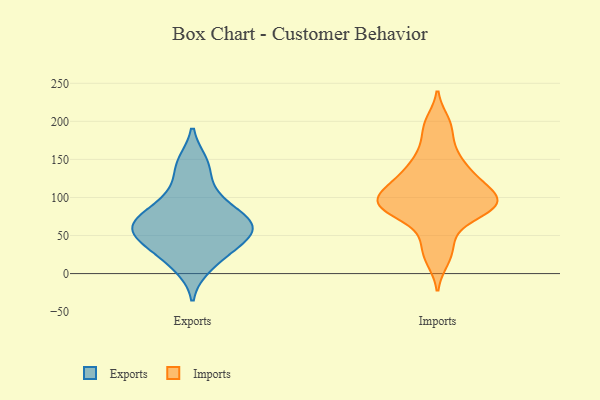
{"axis": {"x": "Headcount", "y": "Value"}, "legend": ["Exports", "Imports"], "data": [{"x": "", "y": 140, "type": "Exports"}, {"x": "", "y": 10, "type": "Exports"}, {"x": "", "y": 36, "type": "Exports"}, {"x": "", "y": 101, "type": "Exports"}, {"x": "", "y": 59, "type": "Exports"}, {"x": "", "y": 39, "type": "Exports"}, {"x": "", "y": 98, "type": "Exports"}, {"x": "", "y": 60, "type": "Exports"}, {"x": "", "y": 145, "type": "Exports"}, {"x": "", "y": 58, "type": "Exports"}, {"x": "", "y": 67, "type": "Exports"}, {"x": "", "y": 77, "type": "Exports"}, {"x": "", "y": 56, "type": "Exports"}, {"x": "", "y": 21, "type": "Exports"}, {"x": "", "y": 69, "type": "Exports"}, {"x": "", "y": 199, "type": "Imports"}, {"x": "", "y": 90, "type": "Imports"}, {"x": "", "y": 159, "type": "Imports"}, {"x": "", "y": 111, "type": "Imports"}, {"x": "", "y": 119, "type": "Imports"}, {"x": "", "y": 32, "type": "Imports"}, {"x": "", "y": 93, "type": "Imports"}, {"x": "", "y": 100, "type": "Imports"}, {"x": "", "y": 18, "type": "Imports"}, {"x": "", "y": 151, "type": "Imports"}, {"x": "", "y": 91, "type": "Imports"}, {"x": "", "y": 114, "type": "Imports"}, {"x": "", "y": 52, "type": "Imports"}, {"x": "", "y": 128, "type": "Imports"}, {"x": "", "y": 89, "type": "Imports"}, {"x": "", "y": 85, "type": "Imports"}, {"x": "", "y": 84, "type": "Imports"}, {"x": "", "y": 83, "type": "Imports"}, {"x": "", "y": 134, "type": "Imports"}, {"x": "", "y": 189, "type": "Imports"}]}